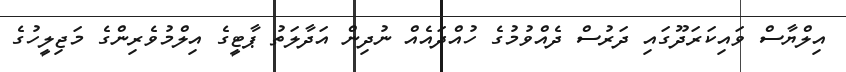
އިލްޔާސް ވައިކަރަދޫގައި ދަރުސް ދެއްވުމުގެ ހުއްދައެއް ނުދިން އަދާލަތު ޕާޓީގެ އިލްމުވެރިންގެ މަޖިލީހުގެ